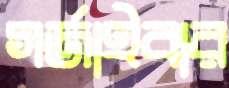
গর্জাইবার